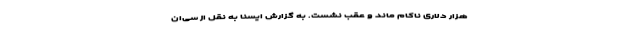
هزار دلاری ناکام ماند و عقب نشست. به گزارش ایسنا به نقل از سی‌ان‌